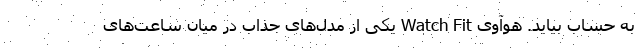
به حساب بیاید. هوآوی Watch Fit یکی از مدل‌های جذاب در میان ساعت‌های